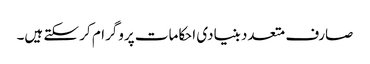
صارف متعدد بنیادی احکامات پروگرام کر سکتے ہیں۔